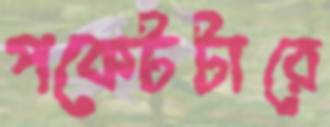
পকেটটারে